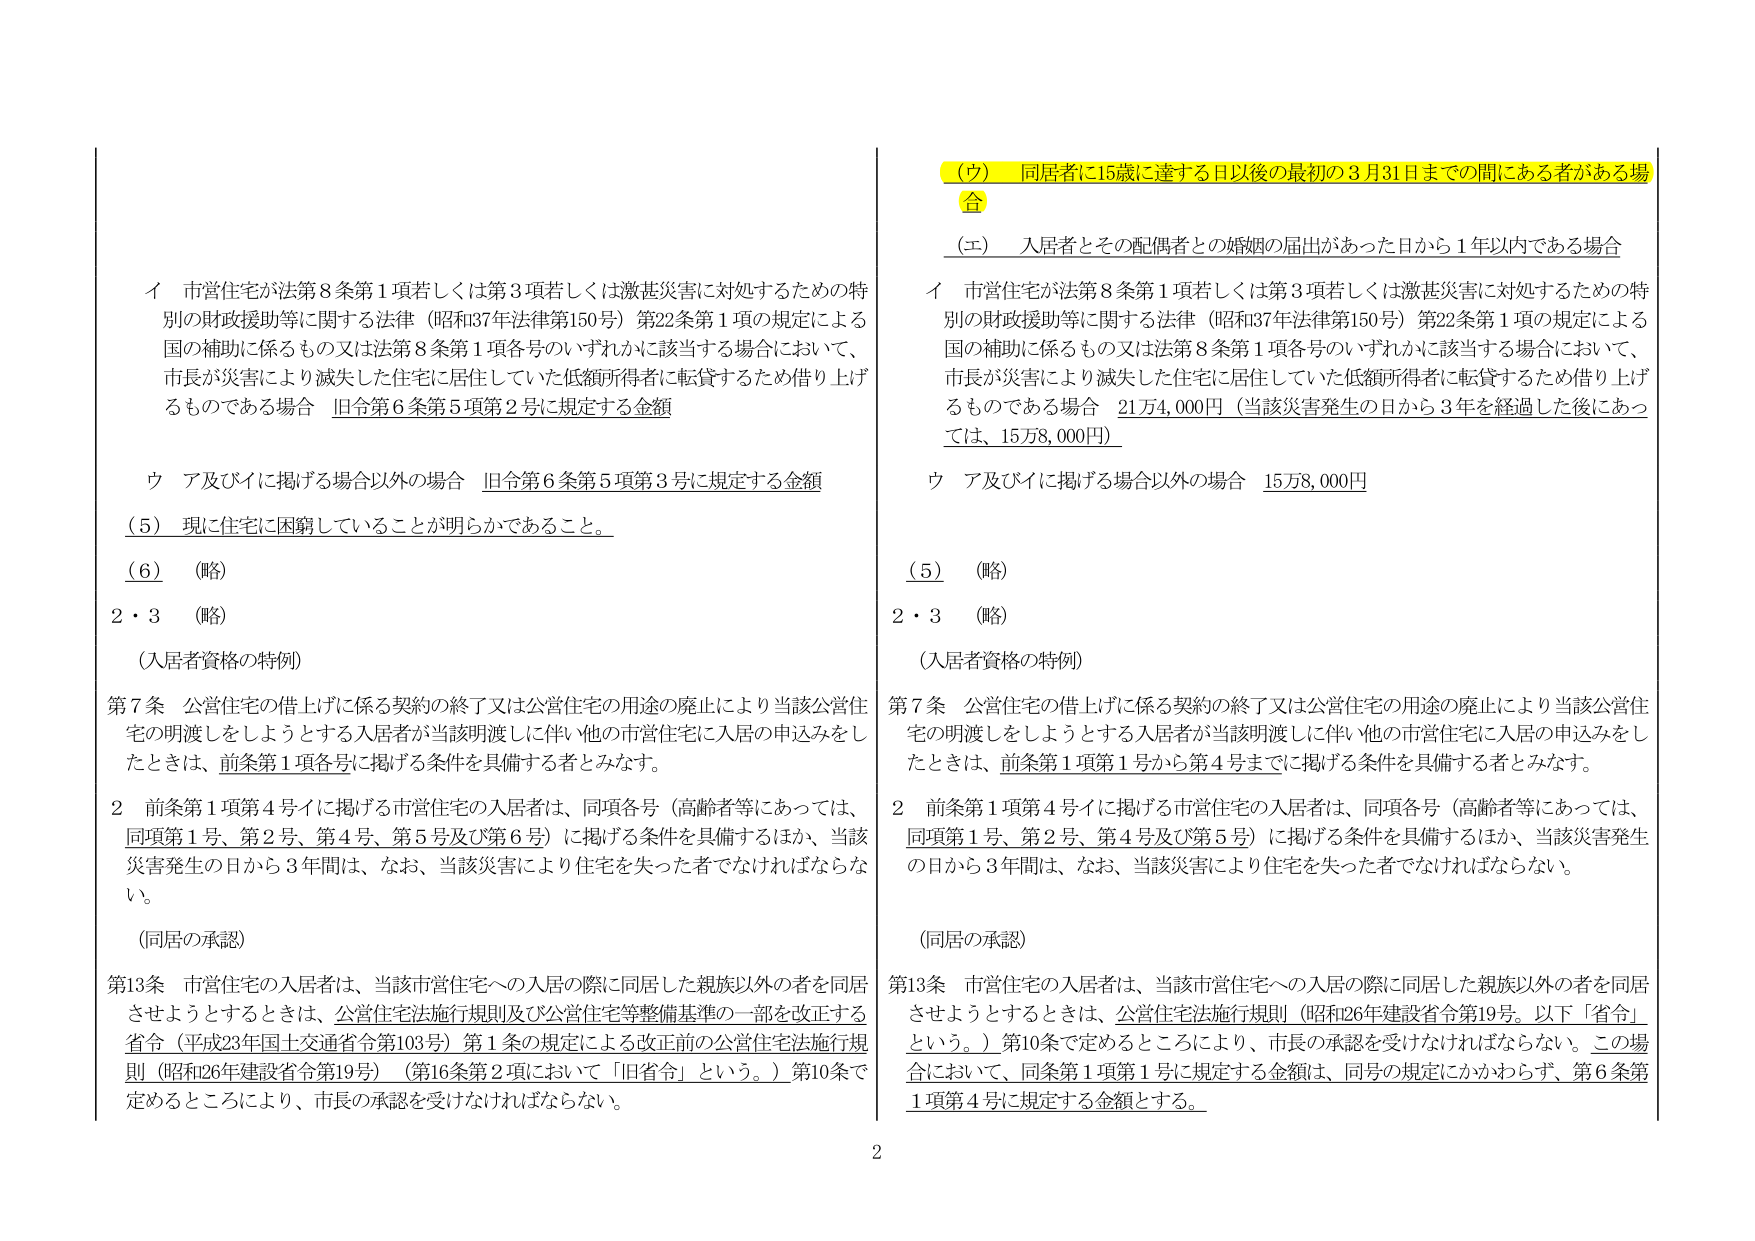
(ウ) 同居者に15歳に達する日以後の最初の3月31日までの間にある者がある場合
(エ) 入居者とその配偶者との婚姻の届出があった日から1年以内である場合

イ 市営住宅が法第8条第1項若しくは第3項若しくは激甚災害に対処するための特別の財政援助等に関する法律（昭和37年法律第150号）第22条第1項の規定による国の補助に係るもの又は法第8条第1項各号のいずれかに該当する場合において、市長が災害により滅失した住宅に居住していた低額所得者に転貸するため借り上げるものである場合 旧令第6条第5項第2号に規定する金額

ウ ア及びイに掲げる場合以外の場合 旧令第6条第5項第3号に規定する金額

(5) 現に住宅に困窮していることが明らかであること。
(6) （略）
2・3 （略）
（入居者資格の特例）

第7条 公営住宅の借上げに係る契約の終了又は公営住宅の用途の廃止により当該公営住宅の明渡しをしようとする入居者が当該明渡しに伴い他の市営住宅に入居の申込みをしたときは、前条第1項各号に掲げる条件を具備する者とみなす。

2 前条第1項第4号イに掲げる市営住宅の入居者は、同項各号（高齢者等にあっては、同項第1号、第2号、第4号、第5号及び第6号）に掲げる条件を具備するほか、当該災害発生の日から3年間は、なお、当該災害により住宅を失った者でなければならない。

（同居の承認）

第13条 市営住宅の入居者は、当該市営住宅への入居の際に同居した親族以外の者を同居させようとするときは、公営住宅法施行規則及び公営住宅等整備基準の一部を改正する省令（平成23年国土交通省令第103号）第1条の規定による改正前の公営住宅法施行規則（昭和26年建設省令第19号）（第16条第2項において「旧省令」という。）第10条で定めるところにより、市長の承認を受けなければならない。

イ 市営住宅が法第8条第1項若しくは第3項若しくは激甚災害に対処するための特別の財政援助等に関する法律（昭和37年法律第150号）第22条第1項の規定による国の補助に係るもの又は法第8条第1項各号のいずれかに該当する場合において、市長が災害により滅失した住宅に居住していた低額所得者に転貸するため借り上げるものである場合 21万4,000円（当該災害発生の日から3年を経過した後には、15万8,000円）

ウ ア及びイに掲げる場合以外の場合 15万8,000円

(5) （略）
2・3 （略）
（入居者資格の特例）

第7条 公営住宅の借上げに係る契約の終了又は公営住宅の用途の廃止により当該公営住宅の明渡しをしようとする入居者が当該明渡しに伴い他の市営住宅に入居の申込みをしたときは、前条第1項第1号から第4号までに掲げる条件を具備する者とみなす。

2 前条第1項第4号イに掲げる市営住宅の入居者は、同項各号（高齢者等にあっては、同項第1号、第2号、第4号及び第5号）に掲げる条件を具備するほか、当該災害発生の日から3年間は、なお、当該災害により住宅を失った者でなければならない。

（同居の承認）

第13条 市営住宅の入居者は、当該市営住宅への入居の際に同居した親族以外の者を同居させようとするときは、公営住宅法施行規則（昭和26年建設省令第19号。以下「省令」という。）第10条で定めるところにより、市長の承認を受けなければならない。この場合において、同条第1項第1号に規定する金額は、同号の規定にかかわらず、第6条第1項第4号に規定する金額とする。

2